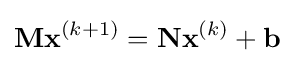
\mathbf {M} \mathbf {x} ^{(k+1)}=\mathbf {N} \mathbf {x} ^{(k)}+\mathbf {b}